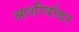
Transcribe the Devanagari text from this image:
आशीर्वादर